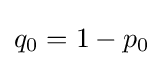
q_{0}=1-p_{0}